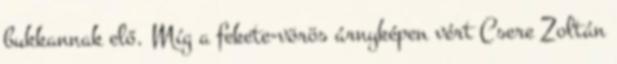
bukkannak elő. Míg a fekete-vörös árnyképen vért Csere Zoltán